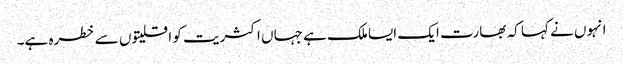
انہوں نے کہا کہ بھارت ایک ایسا ملک ہے جہاں اکثریت کو اقلیتوں سے خطرہ ہے۔